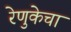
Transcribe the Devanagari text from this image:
रेणुकेचा